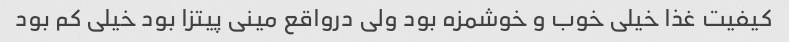
کیفیت غذا خیلی خوب و خوشمزه بود ولی درواقع مینی پیتزا بود خیلی کم بود